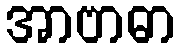
အာဗာဓာ